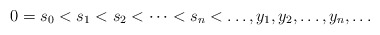
\begin{align*}0=s_0<s_1<s_2<\dots<s_n<\dots, y_1,y_2,\dots,y_n,\dots\end{align*}